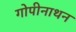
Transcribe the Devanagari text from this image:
गोपीनाथन